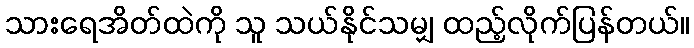
သားရေအိတ်ထဲကို သူ သယ်နိုင်သမျှ ထည့်လိုက်ပြန်တယ်။